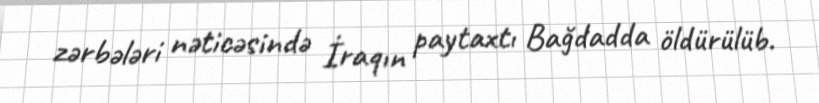
zərbələri nəticəsində İraqın paytaxtı Bağdadda öldürülüb.